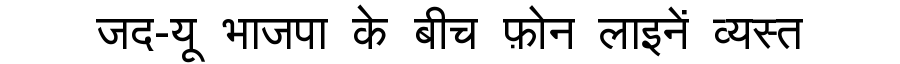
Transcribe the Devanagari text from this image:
जद-यू भाजपा के बीच फ़ोन लाइनें व्यस्त